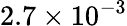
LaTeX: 2.7\times 10^{-3}